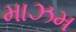
માઝમ